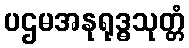
ပဌမအနုရုဒ္ဓသုတ္တံ